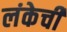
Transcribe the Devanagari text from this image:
लंकेची